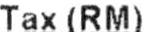
TAX (RM)